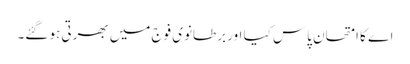
اے کا امتحان پاس کیا اور برطانوی فوج میں بھرتی ہو گئے۔